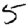
Digit: 5